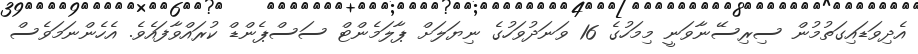
އެދިވަޑައިގަތުމުން ސިރިސޭނާވަނީ މިމަހުގެ 16 ވަނަދުވަހުގެ ނިޔަލަށް ޕާލަމެންޓް ސަސްޕެންޑް ކުރައްވާފައެވެ. އެހެންނަމަވެސް